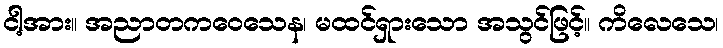
ငါ့အား။ အညာတကဝေသေန၊ မထင်ရှားသော အသွင်ဖြင့်။ ကိလေသေ၊